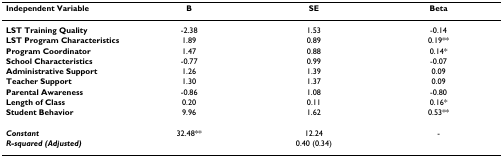
<table><thead><tr><td><b>Independent Variable</b></td><td><b>B</b></td><td><b>SE</b></td><td><b>Beta</b></td></tr></thead><tbody><tr><td><b>LST Training Quality</b></td><td>-2.38</td><td>1.53</td><td>-0.14</td></tr><tr><td><b>LST Program Characteristics</b></td><td>1.89</td><td>0.89</td><td>0.19**</td></tr><tr><td><b>Program Coordinator</b></td><td>1.47</td><td>0.88</td><td>0.14*</td></tr><tr><td><b>School Characteristics</b></td><td>-0.77</td><td>0.99</td><td>-0.07</td></tr><tr><td><b>Administrative Support</b></td><td>1.26</td><td>1.39</td><td>0.09</td></tr><tr><td><b>Teacher Support</b></td><td>1.30</td><td>1.37</td><td>0.09</td></tr><tr><td><b>Parental Awareness</b></td><td>-0.86</td><td>1.08</td><td>-0.80</td></tr><tr><td><b>Length of Class</b></td><td>0.20</td><td>0.11</td><td>0.16*</td></tr><tr><td><b>Student Behavior</b></td><td>9.96</td><td>1.62</td><td>0.53**</td></tr><tr><td><b><i>Constant</i></b></td><td>32.48**</td><td>12.24</td><td>-</td></tr><tr><td><b><i>R-squared (Adjusted)</i></b></td><td></td><td>0.40 (0.34)</td><td></td></tr></tbody></table>